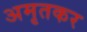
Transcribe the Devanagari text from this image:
अमृतकर